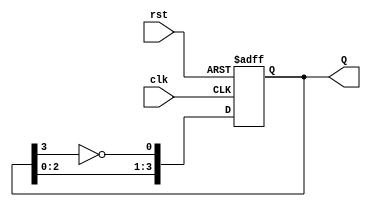
module johnson_counter #(
    parameter n = 4 // Number of flip-flops
)(
    input wire clk,         // Clock input
    input wire rst,         // Asynchronous reset
    output reg [n-1:0] Q    // Output of the counter
);

    always @(posedge clk or posedge rst) begin
        if (rst) begin
            Q <= 0; // Reset all flip-flops to 0
        end else begin
            Q <= {Q[n-2:0], ~Q[n-1]}; // Shift left and invert the last bit for feedback
        end
    end

endmodule